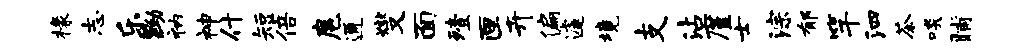
椽志乐黝衲神什短倍扈通燮面殪匣卉偏遽境支沾廑士淙郁竿泗茶啖晡